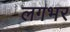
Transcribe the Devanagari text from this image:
लगभर